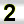
Digit: 2